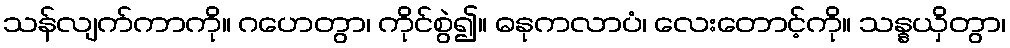
သန်လျက်ကာကို။ ဂဟေတွာ၊ ကိုင်စွဲ၍။ ဓနုကလာပံ၊ လေးတောင့်ကို။ သန္နယှိတွာ၊